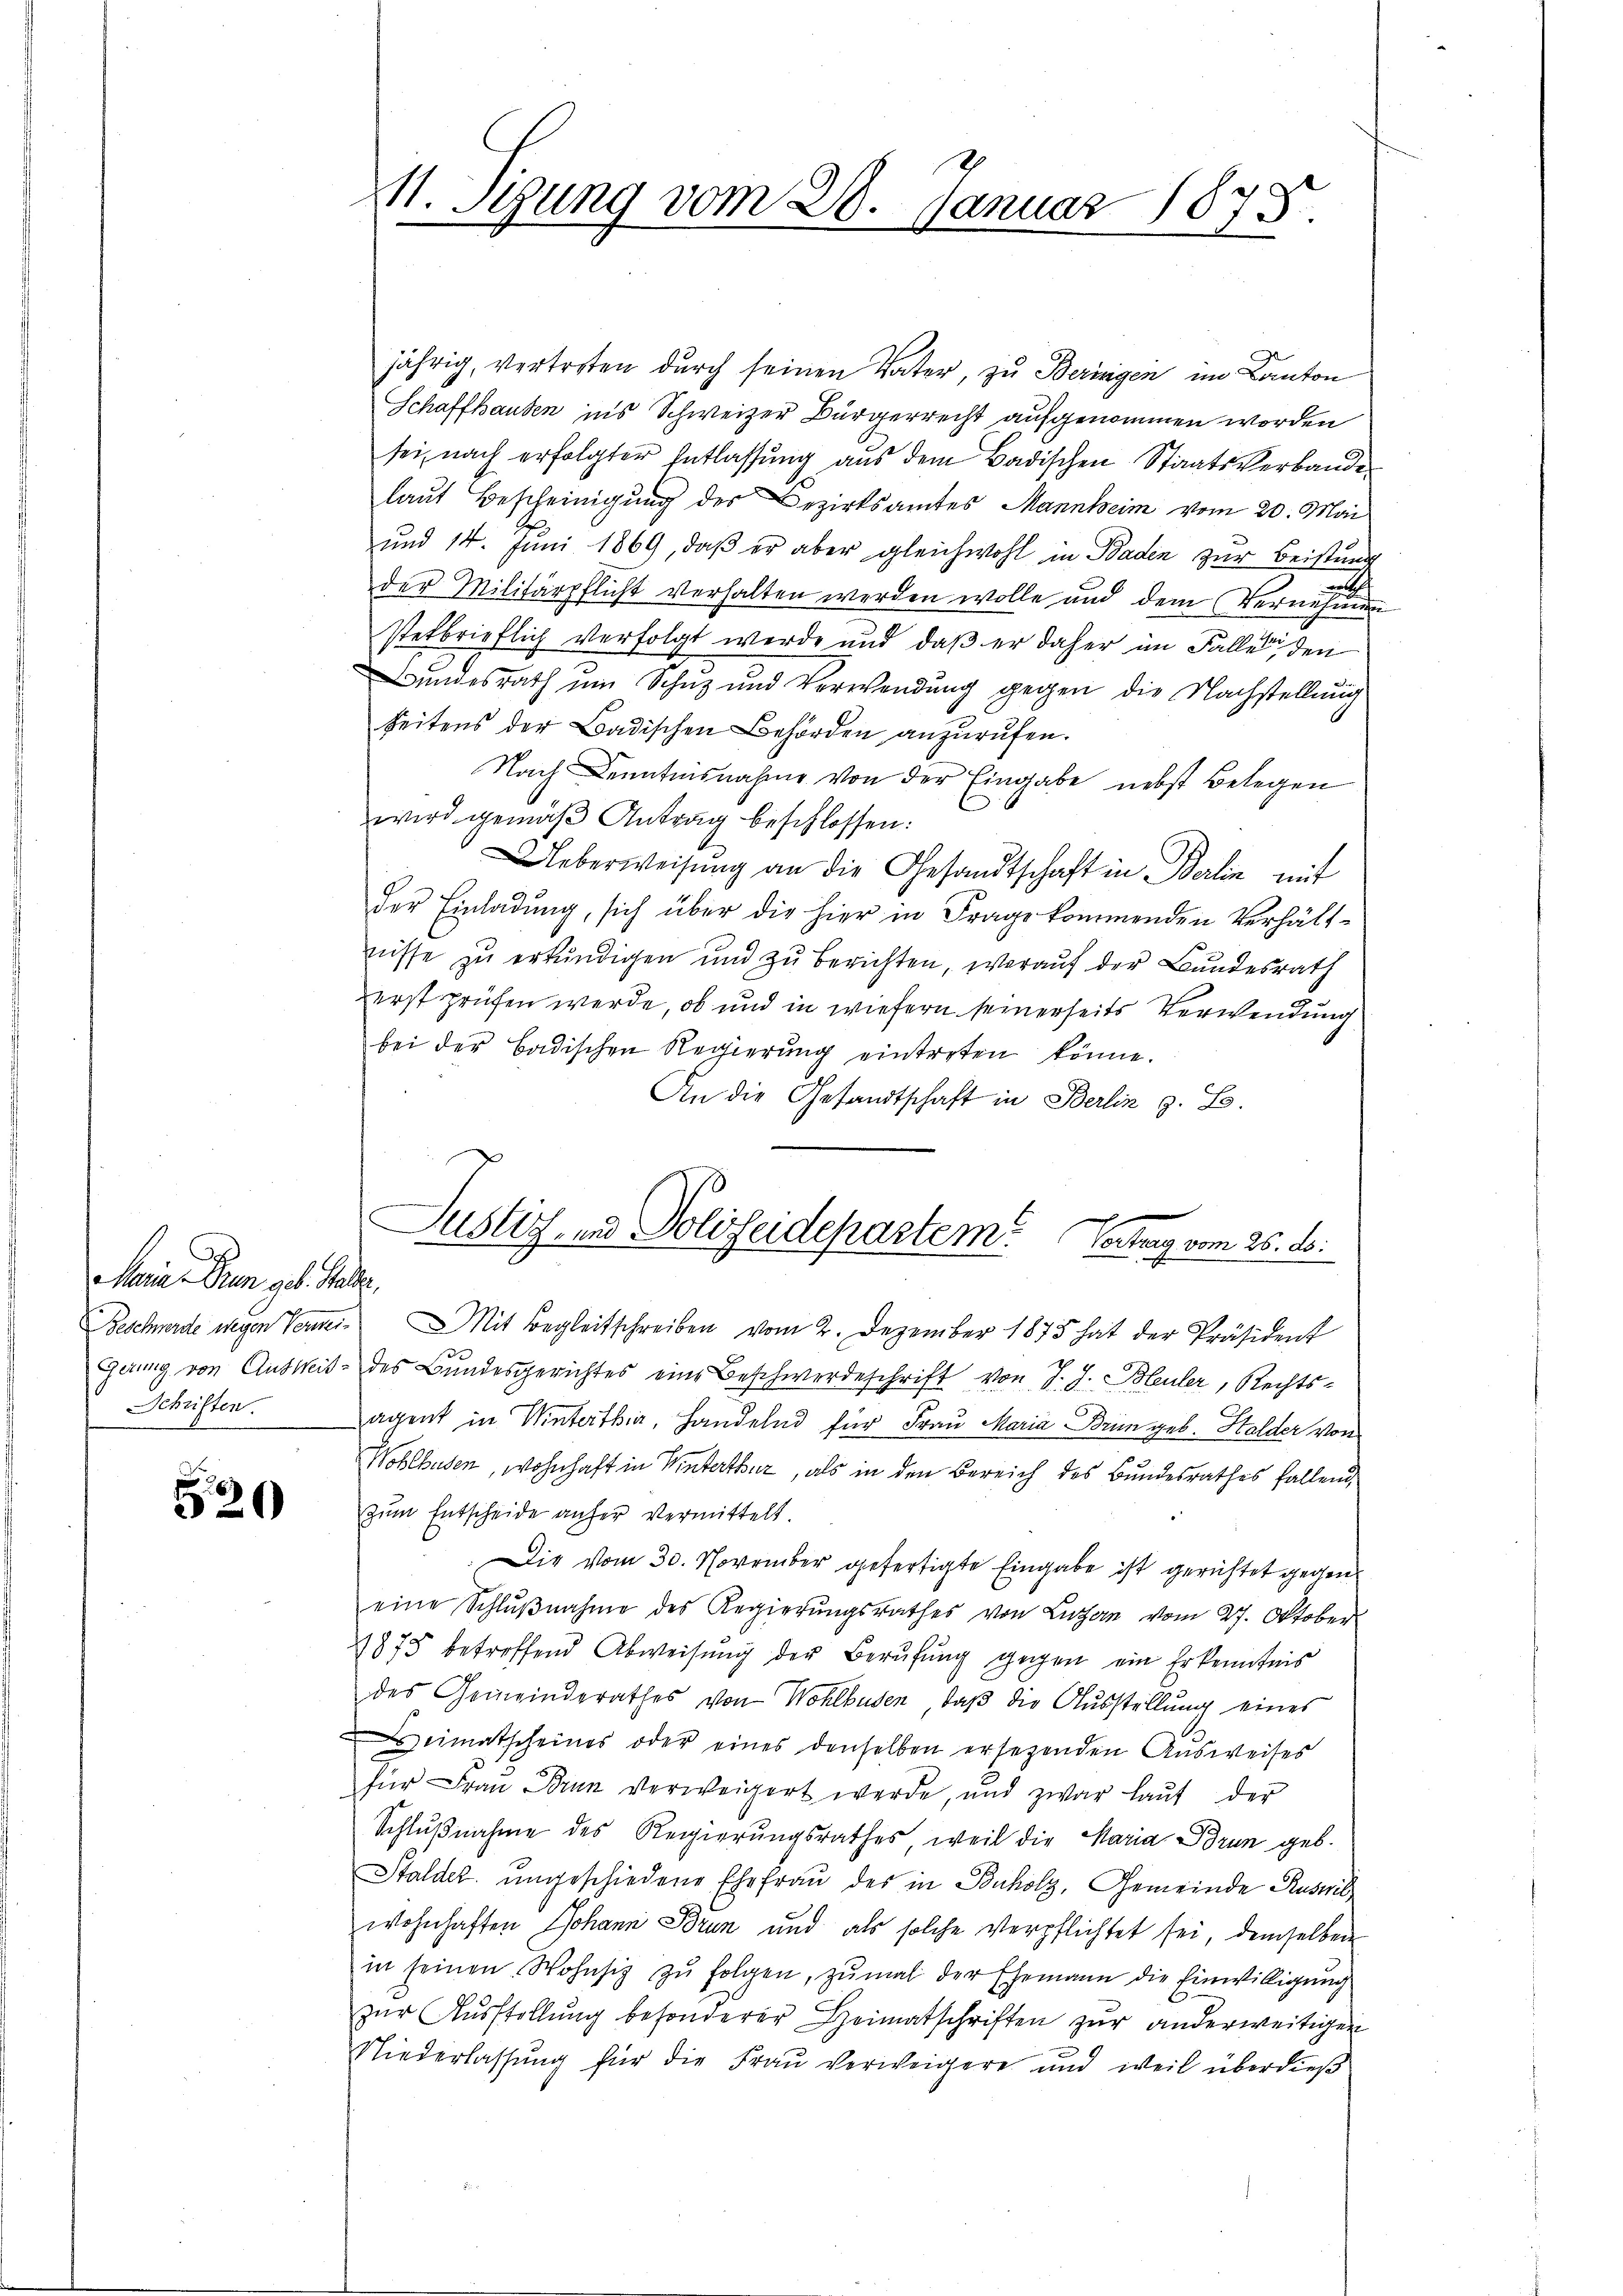
Maria den geb. Statte,
Schriften.

520

11. Stung vom 28. Januar 1875

jährig, vertreten durch seinen Vater, zu Beringen im Canton
Schaffhausen in’s Schweizer Bürgerrecht aufgenommen worden
sei, nach erfolgter Entlassung aus dem Badischen Staatsverbande
laut Bescheinigung des Bezirksamtes Mannheim vom 20. Mai
und 14. Juni 1869, daβ er aber gleichwohl in Baden zur Beistund
n
der Militärpflicht verhalten werden wolle und dem Vernehmun
stetbrieflich verfolgt werde und daß er daher im Falles den
Bundesrath um Schuz und Verwendung gegen die Nachstellung
Seitens der Badischen Behörden anzurufen.
Nach Kenntnisnahme von der Eingabe nebst Belegen
wird gemäβ Antrag beschlossen:
Ueberweisung an die Gesandtschaft in Berlin mit
der Einladŭng, sich über die hier in Frage kommenden Verhält-
nisse zu erkundigen und zu berichten, worauf der Bundesrath
zerst prüfen werde, ob und in wiefern seinerseits Verwendung
bei der Badischen Regierŭng eintreten könne.
An die Gesandtschaft in Berlin z. B.
Beschwerde wegen Vernei- Mit Begleitschreiben vom 2. Dezember 1875 hat der Präsident
Geiung von Ausweit des Bundesgerichtes eine Beschwerdeschrift von J. J. Bleuler, Rechts-
agent in Winterthier, Handelnd für Frau Maria Brumm geb. Halder von
Wohlbuben, wohnhaft in Winterthur, als in den Bereich des Bundesrathes fallend
zum Entscheide anfer vermittelt.
Die vom 30. November gefertigte Eingabe ist gerichtet gegen
eine Schlŭβnahme des Regierŭngsrathes von Luzern vom 27. Oktober
1875 betreffend Abweisŭng der Berufung gegen ein Erkenntnis
des Gemeinderathes von Wohlbusen, daß die Ausstellung eines
eimatscheines oder eines denselben ersezenden Ausweises
für Frau Brun verweigert werde, und zwar laŭt der
Schlußnahme des Regierungsrathes, weil die Maria Brun geb.
Stälder ŭngeschiedene Ehefrau des in Bauholz, Gemeinde Ruswil
wohnhaften Johann Brun und als solche Verpflichtet sei, demselben
in seinen Wohnsiz zu folgen, zumal der Ehemann die Einwilligung
zur Ausstellung besonderer Heimatschriften zur anderweitigen
Niederlassung für die Frau verweigere und weil überdieß

Justiz- und Polizeidepartem Vertrag vom 26. d.

d